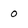
Character: o